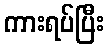
ကားရပ်ပြီး